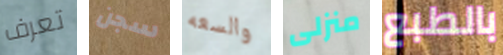
تعرف سجن والسعه منزلى بالطبع